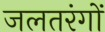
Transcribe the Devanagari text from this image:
जलतरंगों